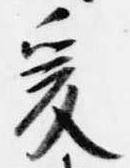
爰